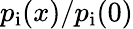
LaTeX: p_{\mathrm{i}}(x)/p_{\mathrm{i}}(0)